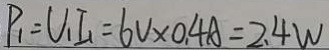
P _ { 1 } = U _ { 1 } I _ { 1 } = 6 V \times 0 . 4 A = 2 . 4 W